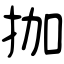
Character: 拁